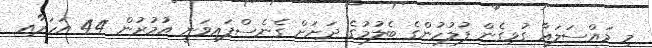
މި މައްސަލައާ ގުޅިގެން ފުލުހުންގެ ބެލުމުގެ ދަށަށް ގެނެސްފައިވަނީ އުމުރުން 44 އަހަރާއި